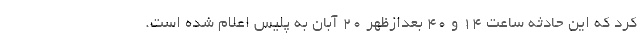
کرد که این حادثه ساعت ۱۴ و ۴۰ بعدازظهر ۲۰ آبان به پلیس اعلام شده است.